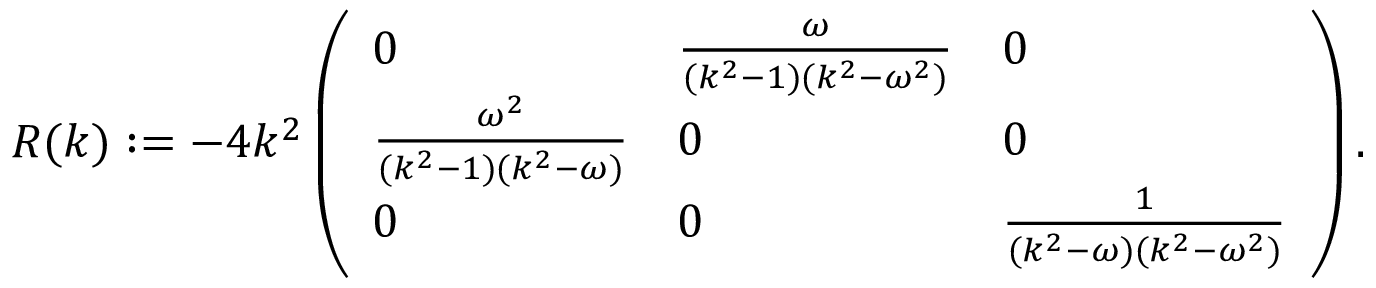
\begin{array} { r } { R ( k ) : = - 4 k ^ { 2 } \left( \begin{array} { l l l } { 0 } & { \frac { \omega } { ( k ^ { 2 } - 1 ) ( k ^ { 2 } - \omega ^ { 2 } ) } } & { 0 } \\ { \frac { \omega ^ { 2 } } { ( k ^ { 2 } - 1 ) ( k ^ { 2 } - \omega ) } } & { 0 } & { 0 } \\ { 0 } & { 0 } & { \frac { 1 } { ( k ^ { 2 } - \omega ) ( k ^ { 2 } - \omega ^ { 2 } ) } } \end{array} \right) . } \end{array}